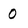
Character: 0